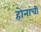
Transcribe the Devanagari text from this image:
होनांची